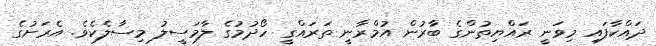
ދައްކާފައި މިވަނީ ރައްޔިތުންގެ ބާރުން އުމްރާނީ ތަރައްގީ ހޯދުމުގެ ލާމަސީލު މިސާލެކެވެ. އެރަށުގެ